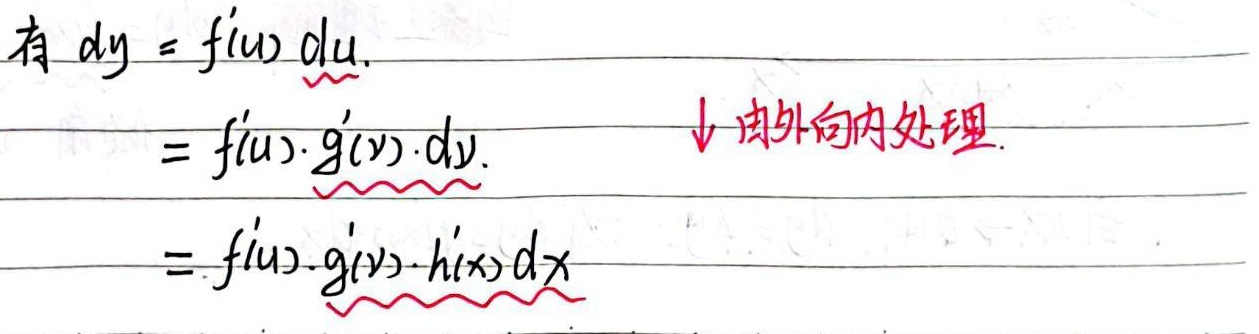
有 \(dy = f'(u) du\).
\(= f'(u)\cdot g'(v)\cdot dv\).
\(= f'(u)\cdot g'(v)\cdot h'(x)dx\)
↓ 由外向内处理